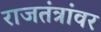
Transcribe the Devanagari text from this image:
राजतंत्रांवर